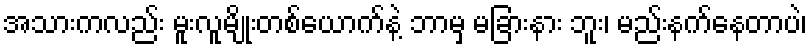
အသားကလည်း မူးလူမျိုးတစ်ယောက်နဲ့ ဘာမှ မခြားနား ဘူး၊ မည်းနက်နေတာပဲ၊